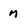
Character: M